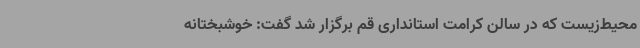
محیط‌زیست که در سالن کرامت استانداری قم برگزار شد گفت: خوشبختانه